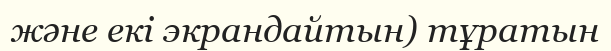
және екі экрандайтын) тұратын